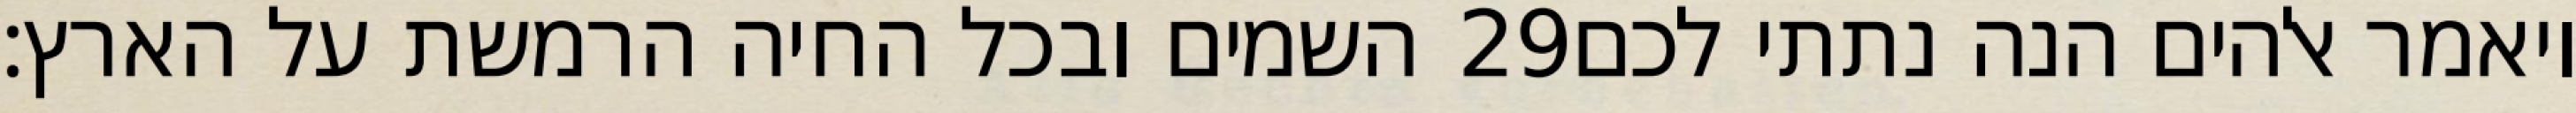
השמים ובכל החיה הרמשת על הארץ׃ ‎29‏ ויאמר אלהים הנה נתתי לכם